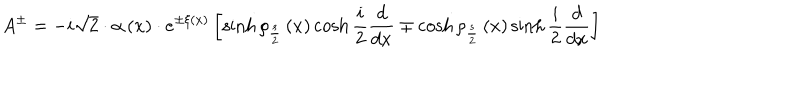
A ^ { \pm } = - i \sqrt { 2 } \cdot \alpha \left( x \right) \cdot e ^ { \pm \xi \left( x \right) } \left[ \sinh \rho _ { \frac { s } { 2 } } \left( x \right) \cosh \frac { i } { 2 } \frac { d } { d x } \mp \cosh \rho _ { \frac { s } { 2 } } \left( x \right) \sinh \frac { i } { 2 } \frac { d } { d x } \right]